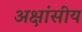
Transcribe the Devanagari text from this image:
अक्षांसीय